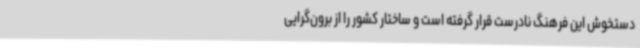
دستخوش این فرهنگ نادرست قرار گرفته است و ساختار کشور را از برون‌گرایی